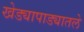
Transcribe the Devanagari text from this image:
खेड्यापाड्यातले